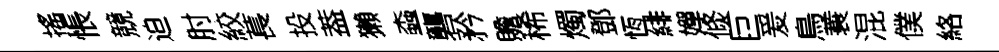
搖悵競迫肘絞萇投葢獺螙礱矜贍稀燭鄧恆緋嬋倐巨爰鳥蓑混僕絡